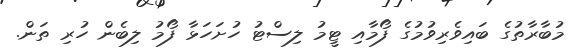
މުބާރާތުގެ ބައިވެރިވުމުގެ ފޯމާއި ޓީމު ލިސްޓު ހުށަހަޅާ ފޯމު ލިބެން ހުރި ތަން.